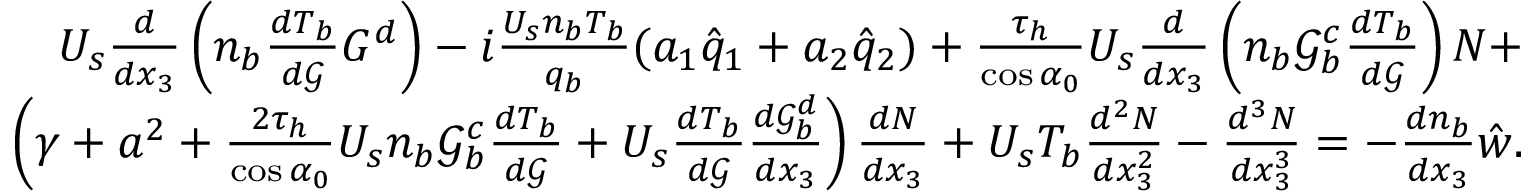
\begin{array} { r } { U _ { s } \frac { d } { d x _ { 3 } } \left( n _ { b } \frac { d T _ { b } } { d \mathcal { G } } G ^ { d } \right) - i \frac { U _ { s } n _ { b } T _ { b } } { q _ { b } } ( a _ { 1 } \hat { q } _ { 1 } + a _ { 2 } \hat { q } _ { 2 } ) + \frac { \tau _ { h } } { \cos { \alpha } _ { 0 } } U _ { s } \frac { d } { d x _ { 3 } } \left( n _ { b } \mathcal { G } _ { b } ^ { c } \frac { d T _ { b } } { d \mathcal { G } } \right) N + } \\ { \left( \gamma + a ^ { 2 } + \frac { 2 \tau _ { h } } { \cos { \alpha } _ { 0 } } U _ { s } n _ { b } \mathcal { G } _ { b } ^ { c } \frac { d T _ { b } } { d \mathcal { G } } + U _ { s } \frac { d T _ { b } } { d \mathcal { G } } \frac { d \mathcal { G } _ { b } ^ { d } } { d x _ { 3 } } \right) \frac { d N } { d x _ { 3 } } + U _ { s } T _ { b } \frac { d ^ { 2 } N } { d x _ { 3 } ^ { 2 } } - \frac { d ^ { 3 } N } { d x _ { 3 } ^ { 3 } } = - \frac { d n _ { b } } { d x _ { 3 } } \hat { w } . } \end{array}